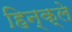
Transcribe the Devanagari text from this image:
हिन्क्ले